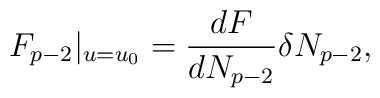
F_{p-2}|_{u=u_0}=\frac{dF}{dN_{p-2}}\delta N_{p-2},